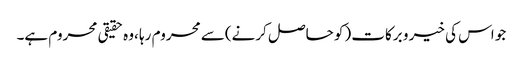
جو اس کی خیر و برکات (کو حاصل کرنے)سے محروم رہا ،وہ حقیقی محروم ہے۔